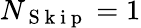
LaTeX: N_{\mathrm{~S~k~i~p~}}=1